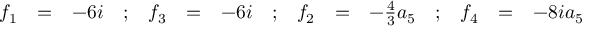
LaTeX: \begin{array} { r c l c r c l c r c l c r c l } { { f _ { 1 } } } & { { = } } & { { - 6 i } } & { { ; } } & { { f _ { 3 } } } & { { = } } & { { - 6 i } } & { { ; } } & { { f _ { 2 } } } & { { = } } & { { - \frac { 4 } { 3 } a _ { 5 } } } & { { ; } } & { { f _ { 4 } } } & { { = } } & { { - 8 i a _ { 5 } } } \end{array}